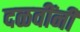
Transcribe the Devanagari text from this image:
दळवींनी